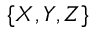
\{ X , Y , Z \}